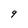
Character: 9